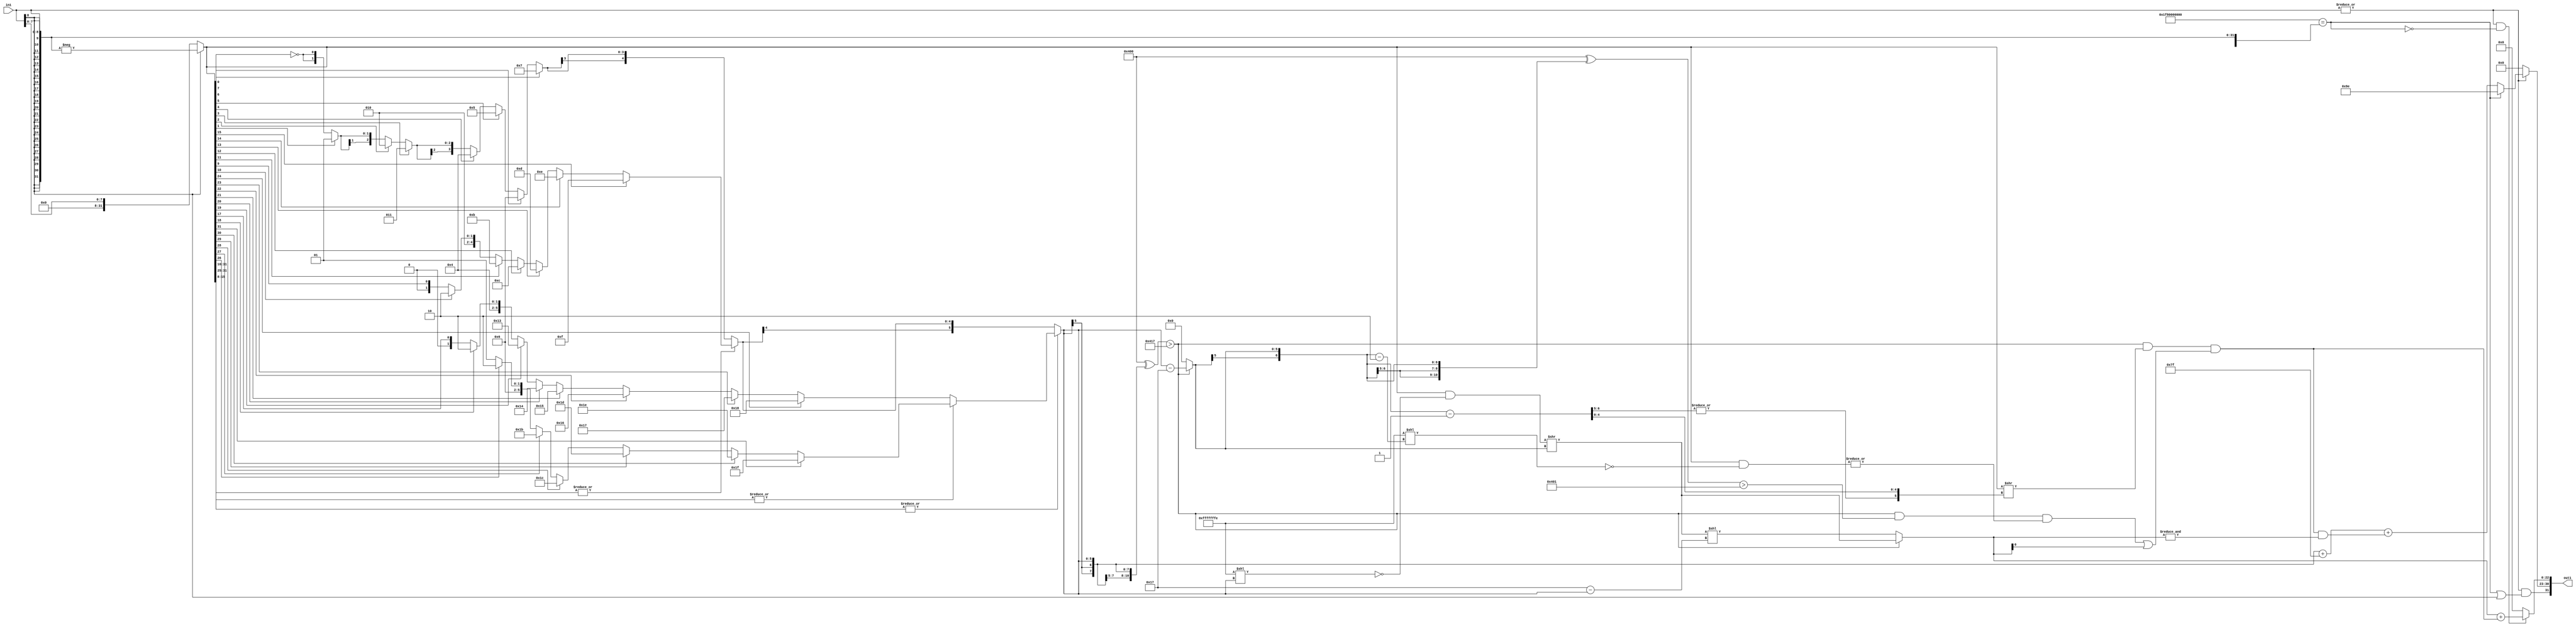
`timescale 1ps / 1ps
/*****************************************************************************
    Verilog RTL Description
    
    
    Created by: CellMath Designer 2019.1.01 
*******************************************************************************/

module DFT_compute_int_to_cynw_cm_float_4 (
	in1,
	out1
	); /* architecture "behavioural" */ 
input [8:0] in1;
output [31:0] out1;
wire [31:0] asc005,
	asc006;
wire [5:0] asc009;
wire  asc010;
wire [5:0] asc011;
wire  asc012;
wire [5:0] asc013,
	asc014,
	asc016,
	asc018,
	asc020,
	asc022,
	asc024,
	asc026,
	asc028,
	asc030,
	asc032,
	asc034,
	asc036,
	asc038;
wire [4:0] asc041;
wire  asc042;
wire [4:0] asc044,
	asc046,
	asc048,
	asc050,
	asc052,
	asc054,
	asc056;
wire [3:0] asc059,
	asc061,
	asc063,
	asc065;
wire [2:0] asc068,
	asc070;
wire [1:0] asc073;
wire  asc078;
wire [5:0] asc080;
wire  asc081;
wire [5:0] asc082;
wire [23:0] asc083;
wire [31:0] asc084,
	asc085;
wire  asc088;
wire [22:0] asc091,
	asc093;
wire [5:0] asc095;
wire  asc096,
	asc098;
wire [6:0] asc099;
wire  asc101,
	asc102,
	asc103,
	asc104;
wire [31:0] asc105,
	asc106;
wire [6:0] asc107;
wire  asc110,
	asc111,
	asc112,
	asc113;
wire [7:0] asc115;
wire  asc116;
wire [7:0] asc117;
wire  asc118;
wire [7:0] asc120;
wire  asc121;
wire [22:0] asc122;
wire  asc124,
	asc125,
	asc126;
wire [22:0] asc129;
wire [31:0] asc130;

assign asc006 = 
	-({{23{in1[8]}}, in1});

reg [31:0] asc005_tmp_0;
assign asc005 = asc005_tmp_0;
always @ (in1[8] or asc006 or in1) begin
	case (in1[8])
		1'B1 : asc005_tmp_0 = asc006 ;
		default : asc005_tmp_0 = {{23{in1[8]}}, in1} ;
	endcase
end

assign asc010 = 
	(|asc005[31:16]);

assign asc012 = 
	(|asc005[31:25]);

reg [5:0] asc022_tmp_1;
assign asc022 = asc022_tmp_1;
always @ (asc005[26]) begin
	case (asc005[26])
		1'B1 : asc022_tmp_1 = 6'B011010 ;
		default : asc022_tmp_1 = 6'B011001 ;
	endcase
end

reg [5:0] asc020_tmp_2;
assign asc020 = asc020_tmp_2;
always @ (asc005[27] or asc022) begin
	case (asc005[27])
		1'B1 : asc020_tmp_2 = 6'B011011 ;
		default : asc020_tmp_2 = asc022 ;
	endcase
end

reg [5:0] asc018_tmp_3;
assign asc018 = asc018_tmp_3;
always @ (asc005[28] or asc020) begin
	case (asc005[28])
		1'B1 : asc018_tmp_3 = 6'B011100 ;
		default : asc018_tmp_3 = asc020 ;
	endcase
end

reg [5:0] asc016_tmp_4;
assign asc016 = asc016_tmp_4;
always @ (asc005[29] or asc018) begin
	case (asc005[29])
		1'B1 : asc016_tmp_4 = 6'B011101 ;
		default : asc016_tmp_4 = asc018 ;
	endcase
end

reg [5:0] asc014_tmp_5;
assign asc014 = asc014_tmp_5;
always @ (asc005[30] or asc016) begin
	case (asc005[30])
		1'B1 : asc014_tmp_5 = 6'B011110 ;
		default : asc014_tmp_5 = asc016 ;
	endcase
end

reg [5:0] asc013_tmp_6;
assign asc013 = asc013_tmp_6;
always @ (asc005[31] or asc014) begin
	case (asc005[31])
		1'B1 : asc013_tmp_6 = 6'B011111 ;
		default : asc013_tmp_6 = asc014 ;
	endcase
end

assign asc038 = {5'B01000,asc005[17]};

reg [5:0] asc036_tmp_7;
assign asc036 = asc036_tmp_7;
always @ (asc005[18] or asc038) begin
	case (asc005[18])
		1'B1 : asc036_tmp_7 = 6'B010010 ;
		default : asc036_tmp_7 = asc038 ;
	endcase
end

reg [5:0] asc034_tmp_8;
assign asc034 = asc034_tmp_8;
always @ (asc005[19] or asc036) begin
	case (asc005[19])
		1'B1 : asc034_tmp_8 = 6'B010011 ;
		default : asc034_tmp_8 = asc036 ;
	endcase
end

reg [5:0] asc032_tmp_9;
assign asc032 = asc032_tmp_9;
always @ (asc005[20] or asc034) begin
	case (asc005[20])
		1'B1 : asc032_tmp_9 = 6'B010100 ;
		default : asc032_tmp_9 = asc034 ;
	endcase
end

reg [5:0] asc030_tmp_10;
assign asc030 = asc030_tmp_10;
always @ (asc005[21] or asc032) begin
	case (asc005[21])
		1'B1 : asc030_tmp_10 = 6'B010101 ;
		default : asc030_tmp_10 = asc032 ;
	endcase
end

reg [5:0] asc028_tmp_11;
assign asc028 = asc028_tmp_11;
always @ (asc005[22] or asc030) begin
	case (asc005[22])
		1'B1 : asc028_tmp_11 = 6'B010110 ;
		default : asc028_tmp_11 = asc030 ;
	endcase
end

reg [5:0] asc026_tmp_12;
assign asc026 = asc026_tmp_12;
always @ (asc005[23] or asc028) begin
	case (asc005[23])
		1'B1 : asc026_tmp_12 = 6'B010111 ;
		default : asc026_tmp_12 = asc028 ;
	endcase
end

reg [5:0] asc024_tmp_13;
assign asc024 = asc024_tmp_13;
always @ (asc005[24] or asc026) begin
	case (asc005[24])
		1'B1 : asc024_tmp_13 = 6'B011000 ;
		default : asc024_tmp_13 = asc026 ;
	endcase
end

reg [5:0] asc011_tmp_14;
assign asc011 = asc011_tmp_14;
always @ (asc012 or asc013 or asc024) begin
	case (asc012)
		1'B1 : asc011_tmp_14 = asc013 ;
		default : asc011_tmp_14 = asc024 ;
	endcase
end

assign asc042 = 
	(|asc005[15:8]);

assign asc056 = {4'B0100,asc005[9]};

reg [4:0] asc054_tmp_15;
assign asc054 = asc054_tmp_15;
always @ (asc005[10] or asc056) begin
	case (asc005[10])
		1'B1 : asc054_tmp_15 = 5'B01010 ;
		default : asc054_tmp_15 = asc056 ;
	endcase
end

reg [4:0] asc052_tmp_16;
assign asc052 = asc052_tmp_16;
always @ (asc005[11] or asc054) begin
	case (asc005[11])
		1'B1 : asc052_tmp_16 = 5'B01011 ;
		default : asc052_tmp_16 = asc054 ;
	endcase
end

reg [4:0] asc050_tmp_17;
assign asc050 = asc050_tmp_17;
always @ (asc005[12] or asc052) begin
	case (asc005[12])
		1'B1 : asc050_tmp_17 = 5'B01100 ;
		default : asc050_tmp_17 = asc052 ;
	endcase
end

reg [4:0] asc048_tmp_18;
assign asc048 = asc048_tmp_18;
always @ (asc005[13] or asc050) begin
	case (asc005[13])
		1'B1 : asc048_tmp_18 = 5'B01101 ;
		default : asc048_tmp_18 = asc050 ;
	endcase
end

reg [4:0] asc046_tmp_19;
assign asc046 = asc046_tmp_19;
always @ (asc005[14] or asc048) begin
	case (asc005[14])
		1'B1 : asc046_tmp_19 = 5'B01110 ;
		default : asc046_tmp_19 = asc048 ;
	endcase
end

reg [4:0] asc044_tmp_20;
assign asc044 = asc044_tmp_20;
always @ (asc005[15] or asc046) begin
	case (asc005[15])
		1'B1 : asc044_tmp_20 = 5'B01111 ;
		default : asc044_tmp_20 = asc046 ;
	endcase
end

assign asc078 = 
	((~asc005[0]));

reg [1:0] asc073_tmp_21;
assign asc073 = asc073_tmp_21;
always @ (asc005[1] or asc078) begin
	case (asc005[1])
		1'B1 : asc073_tmp_21 = 2'B01 ;
		default : asc073_tmp_21 = {asc078, asc078} ;
	endcase
end

reg [2:0] asc070_tmp_22;
assign asc070 = asc070_tmp_22;
always @ (asc005[2] or asc073) begin
	case (asc005[2])
		1'B1 : asc070_tmp_22 = 3'B010 ;
		default : asc070_tmp_22 = {asc073[1], asc073} ;
	endcase
end

reg [2:0] asc068_tmp_23;
assign asc068 = asc068_tmp_23;
always @ (asc005[3] or asc070) begin
	case (asc005[3])
		1'B1 : asc068_tmp_23 = 3'B011 ;
		default : asc068_tmp_23 = asc070 ;
	endcase
end

reg [3:0] asc065_tmp_24;
assign asc065 = asc065_tmp_24;
always @ (asc005[4] or asc068) begin
	case (asc005[4])
		1'B1 : asc065_tmp_24 = 4'B0100 ;
		default : asc065_tmp_24 = {asc068[2], asc068} ;
	endcase
end

reg [3:0] asc063_tmp_25;
assign asc063 = asc063_tmp_25;
always @ (asc005[5] or asc065) begin
	case (asc005[5])
		1'B1 : asc063_tmp_25 = 4'B0101 ;
		default : asc063_tmp_25 = asc065 ;
	endcase
end

reg [3:0] asc061_tmp_26;
assign asc061 = asc061_tmp_26;
always @ (asc005[6] or asc063) begin
	case (asc005[6])
		1'B1 : asc061_tmp_26 = 4'B0110 ;
		default : asc061_tmp_26 = asc063 ;
	endcase
end

reg [3:0] asc059_tmp_27;
assign asc059 = asc059_tmp_27;
always @ (asc005[7] or asc061) begin
	case (asc005[7])
		1'B1 : asc059_tmp_27 = 4'B0111 ;
		default : asc059_tmp_27 = asc061 ;
	endcase
end

reg [4:0] asc041_tmp_28;
assign asc041 = asc041_tmp_28;
always @ (asc042 or asc044 or asc059) begin
	case (asc042)
		1'B1 : asc041_tmp_28 = asc044 ;
		default : asc041_tmp_28 = {asc059[3], asc059} ;
	endcase
end

reg [5:0] asc009_tmp_29;
assign asc009 = asc009_tmp_29;
always @ (asc010 or asc011 or asc041) begin
	case (asc010)
		1'B1 : asc009_tmp_29 = asc011 ;
		default : asc009_tmp_29 = {asc041[4], asc041} ;
	endcase
end

assign asc081 = ((11'B10000000000 ^ {{5{asc009[5]}}, asc009})>(11'B10000000000 ^ 11'B00000010111));

assign asc082 = 
	+(asc009)
	-(6'B010111);

reg [5:0] asc080_tmp_30;
assign asc080 = asc080_tmp_30;
always @ (asc081 or asc082) begin
	case (asc081)
		1'B1 : asc080_tmp_30 = asc082 ;
		default : asc080_tmp_30 = 6'B000000 ;
	endcase
end

assign asc085 = 32'B11111111111111111111111111111110 << asc009;

assign asc084 = 
	(asc005)
	&((~asc085));

assign asc083 = asc084 >> asc080;

assign asc088 = ((11'B10000000000 ^ {{5{asc009[5]}}, asc009})>(11'B10000000000 ^ 11'B00000010111));

assign asc095 = 
	+(6'B010111)
	-(asc009);

assign asc093 = asc083[22:0] << asc095;

reg [22:0] asc091_tmp_31;
assign asc091 = asc091_tmp_31;
always @ (asc088 or asc083[22:0] or asc093) begin
	case (asc088)
		1'B1 : asc091_tmp_31 = asc083[22:0] ;
		default : asc091_tmp_31 = asc093 ;
	endcase
end

assign asc099 = 
	+({asc080[5], asc080})
	-(7'B0000001);

assign asc098 = asc005 >> {|asc099[6:5], asc099[4:0]};

assign asc103 = ((11'B10000000000 ^ {{5{asc080[5]}}, asc080})>(11'B10000000000 ^ 11'B00000000001));

assign asc107 = 
	+({asc080[5], asc080})
	-(7'B0000010);

assign asc106 = 32'B11111111111111111111111111111110 << asc107;

assign asc105 = 
	(asc005)
	&((~asc106));

assign asc104 = 
	(|asc105);

assign asc102 = 
	(asc088)
	&(asc103)
	&(asc104);

assign asc101 = 
	(asc102)
	|(asc091[0]);

assign asc096 = 
	(asc088)
	&(asc098)
	&(asc101);

assign asc111 = 
	(|in1);

assign asc113 = (37'B1111110000000000000000000000000000000=={{28{in1[8]}}, in1});

assign asc112 = 
	(asc113)
	|(in1[8]);

assign asc110 = 
	(asc111)
	&(asc112);

assign asc116 = 
	(|in1);

assign asc118 = (37'B1111110000000000000000000000000000000=={{28{in1[8]}}, in1});

assign asc121 = 
	(asc096)
	&(&asc091);

wire [7:0] asc120_tmp_32;
assign asc120_tmp_32 = 
	+({{2{asc009[5]}}, asc009})
	+(8'B01111111);
assign asc120 = asc120_tmp_32
	+(asc121);

reg [7:0] asc117_tmp_33;
assign asc117 = asc117_tmp_33;
always @ (asc118 or asc120) begin
	case (asc118)
		1'B1 : asc117_tmp_33 = 8'B10011110 ;
		default : asc117_tmp_33 = asc120 ;
	endcase
end

reg [7:0] asc115_tmp_34;
assign asc115 = asc115_tmp_34;
always @ (asc116 or asc117) begin
	case (asc116)
		1'B1 : asc115_tmp_34 = asc117 ;
		default : asc115_tmp_34 = 8'B00000000 ;
	endcase
end

assign asc125 = 
	(|in1);

assign asc126 = (37'B1111110000000000000000000000000000000=={{28{in1[8]}}, in1});

assign asc124 = 
	(asc125)
	&((~asc126));

assign asc129 = 
	+(asc091)
	+(asc096);

reg [22:0] asc122_tmp_35;
assign asc122 = asc122_tmp_35;
always @ (asc124 or asc129) begin
	case (asc124)
		1'B1 : asc122_tmp_35 = asc129 ;
		default : asc122_tmp_35 = 23'B00000000000000000000000 ;
	endcase
end

assign asc130 = {asc110,asc115,asc122};

assign out1 = asc130;
endmodule

/* CADENCE  urD1SAzZqA== : u9/ySgnWtBlWxVPRXgAZ4Og= ** DO NOT EDIT THIS LINE **/